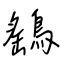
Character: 鷂